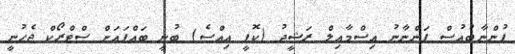
ފުންނާބުއުސް ފަންނާނު އިސްމާއިލް ރަޝީދު (ކޮޕީ އިއްސެ) ބުނީ ބައްޕައަށް ސްޓްރޯކް ޖެހުނީ